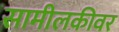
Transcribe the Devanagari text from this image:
सामीलकीवर